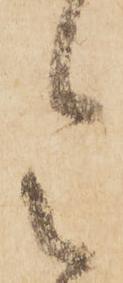
令